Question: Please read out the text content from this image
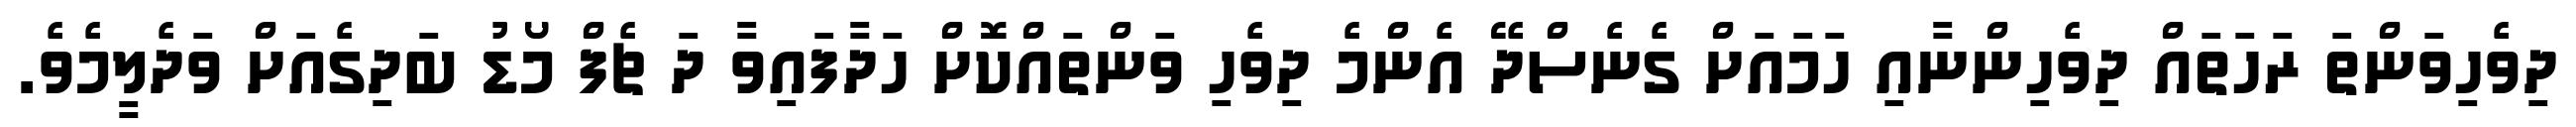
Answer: ދިވެހިވަންތަ ރަހަތައް ދިވެހިންނާއި ހަމައަށް ގެނެސްދޭ އެންމެ ދިވެހި ވަންތައްކޮށް ހަދާފައިވާ ދަ ޗެފް މޯޑު ބަދިގެއަށް ވަދެލީމެވެ.